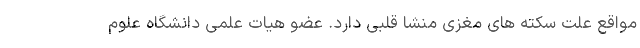
مواقع علت سکته های مغزی منشا قلبی دارد. عضو هیات علمی دانشگاه علوم